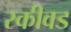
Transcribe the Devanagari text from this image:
स्कीवड